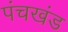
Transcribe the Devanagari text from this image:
पंचखंड